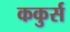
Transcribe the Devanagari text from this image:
ककुर्स